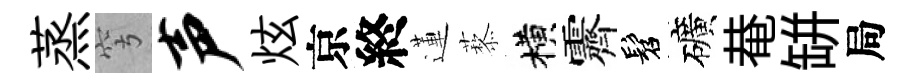
蒸穹声炫京終蓮藜横霽髫礦𤲅缾局